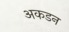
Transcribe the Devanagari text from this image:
अकडन